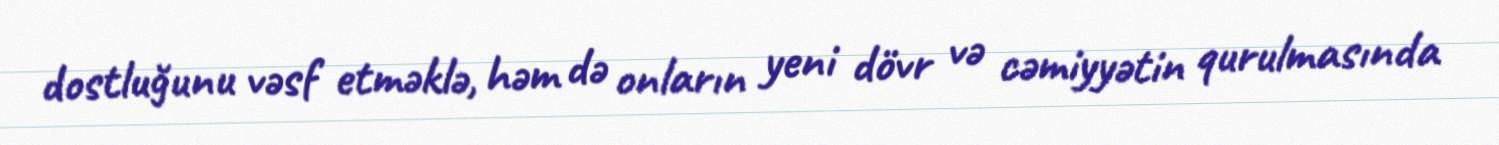
dostluğunu vəsf etməklə, həm də onların yeni dövr və cəmiyyətin qurulmasında